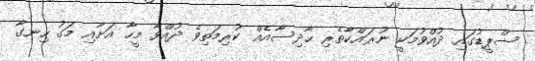
ސްޕީޑުގައި ދުއްވުމަކީ ނުރައްކާތެރި ޙާދިސާއެއް ކުރިމަތިވެ ދުއްވާ މީހާ އަށާއި މަގު ހިނގާ